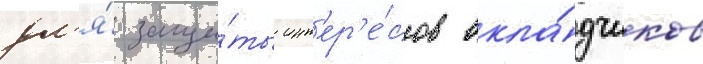
дл'я́ защи́ты инт'ер'е́сов вкла́дчиков